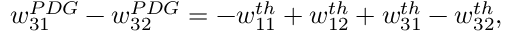
w _ { 3 1 } ^ { P D G } - w _ { 3 2 } ^ { P D G } = - w _ { 1 1 } ^ { t h } + w _ { 1 2 } ^ { t h } + w _ { 3 1 } ^ { t h } - w _ { 3 2 } ^ { t h } ,